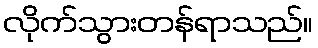
လိုက်သွားတန်ရာသည်။